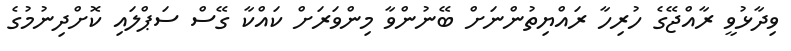
ވިދާޅުވީ ރާއްޖޭގެ ހުރިހާ ރައްޔިތުންނަށް ބޭނުންވާ މިންވަރަށް ކައްކާ ގޭސް ސަޕްލައި ކޮށްދިނުމުގެ